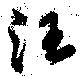
汪